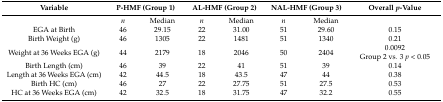
| Variable | <COLSPAN=2> P-HMF (Group 1) | <COLSPAN=2> AL-HMF (Group 2) | <COLSPAN=2> NAL-HMF (Group 3) | Overall p-Value |
 | --- | --- | --- | --- | --- | --- | --- | --- |
 |  | n | Median | n | Median | n | Median |  |
 | EGA at Birth | 46 | 29.15 | 22 | 31.00 | 51 | 29.60 | 0.15 |
 | Birth Weight (g) | 46 | 1305 | 22 | 1481 | 51 | 1340 | 0.21 |
 | Weight at 36 Weeks EGA (g) | 44 | 2179 | 18 | 2046 | 50 | 2404 | 0.0092 Group 2 vs. 3 p < 0.05 |
 | Birth Length (cm) | 46 | 39 | 22 | 41 | 51 | 39 | 0.14 |
 | Length at 36 Weeks EGA (cm) | 42 | 44.5 | 18 | 43.5 | 47 | 44 | 0.38 |
 | Birth HC (cm) | 46 | 27 | 22 | 27.75 | 51 | 27.5 | 0.53 |
 | HC at 36 Weeks EGA (cm) | 42 | 32.5 | 18 | 31.75 | 47 | 32.2 | 0.55 |